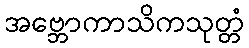
အဗ္ဘောကာသိကသုတ္တံ